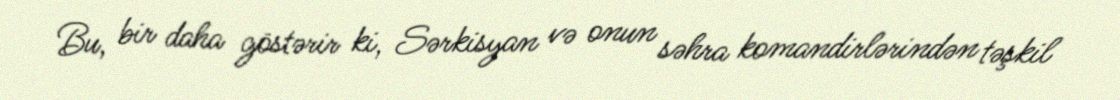
Bu, bir daha göstərir ki, Sərkisyan və onun səhra komandirlərindən təşkil